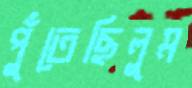
পুঁতেছিলুম